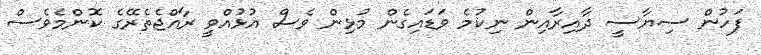
ފަހުން ސިޔާސީ ދާއިރާއިން ނިކުމެ ވަޑައިގެން މުޅިން ވެސް އުޅުއްވީ ރާއްޖެތެރޭގެ ކޮންމެވެސް